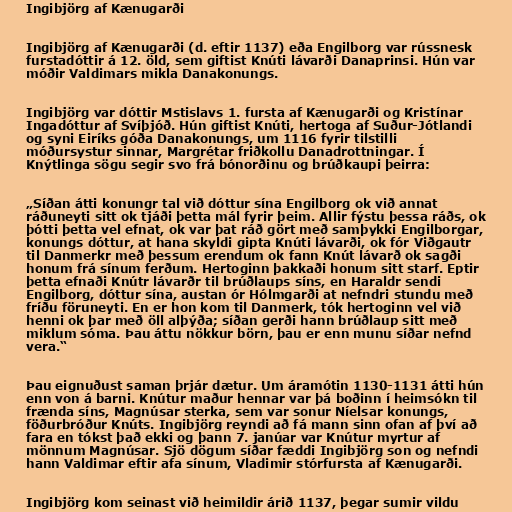
Ingibjörg af Kænugarði

Ingibjörg af Kænugarði (d. eftir 1137) eða Engilborg var rússnesk
furstadóttir á 12. öld, sem giftist Knúti lávarði Danaprinsi. Hún var
móðir Valdimars mikla Danakonungs.

Ingibjörg var dóttir Mstislavs 1. fursta af Kænugarði og Kristínar
Ingadóttur af Svíþjóð. Hún giftist Knúti, hertoga af Suður-Jótlandi
og syni Eiríks góða Danakonungs, um 1116 fyrir tilstilli
móðursystur sinnar, Margrétar friðkollu Danadrottningar. Í
Knýtlinga sögu segir svo frá bónorðinu og brúðkaupi þeirra:

„Síðan átti konungr tal við dóttur sína Engilborg ok við annat
ráðuneyti sitt ok tjáði þetta mál fyrir þeim. Allir fýstu þessa ráðs, ok
þótti þetta vel efnat, ok var þat ráð gört með samþykki Engilborgar,
konungs dóttur, at hana skyldi gipta Knúti lávarði, ok fór Viðgautr
til Danmerkr með þessum erendum ok fann Knút lávarð ok sagði
honum frá sínum ferðum. Hertoginn þakkaði honum sitt starf. Eptir
þetta efnaði Knútr lávarðr til brúðlaups síns, en Haraldr sendi
Engilborg, dóttur sína, austan ór Hólmgarði at nefndri stundu með
fríðu föruneyti. En er hon kom til Danmerk, tók hertoginn vel við
henni ok þar með öll alþýða; síðan gerði hann brúðlaup sitt með
miklum sóma. Þau áttu nökkur börn, þau er enn munu síðar nefnd
vera.“

Þau eignuðust saman þrjár dætur. Um áramótin 1130-1131 átti hún
enn von á barni. Knútur maður hennar var þá boðinn í heimsókn til
frænda síns, Magnúsar sterka, sem var sonur Níelsar konungs,
föðurbróður Knúts. Ingibjörg reyndi að fá mann sinn ofan af því að
fara en tókst það ekki og þann 7. janúar var Knútur myrtur af
mönnum Magnúsar. Sjö dögum síðar fæddi Ingibjörg son og nefndi
hann Valdimar eftir afa sínum, Vladimir stórfursta af Kænugarði.

Ingibjörg kom seinast við heimildir árið 1137, þegar sumir vildu